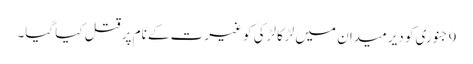
9 جنوری کو دیر میدان میں لڑکا لڑکی کو غیرت کے نام پر قتل کیا گیا۔